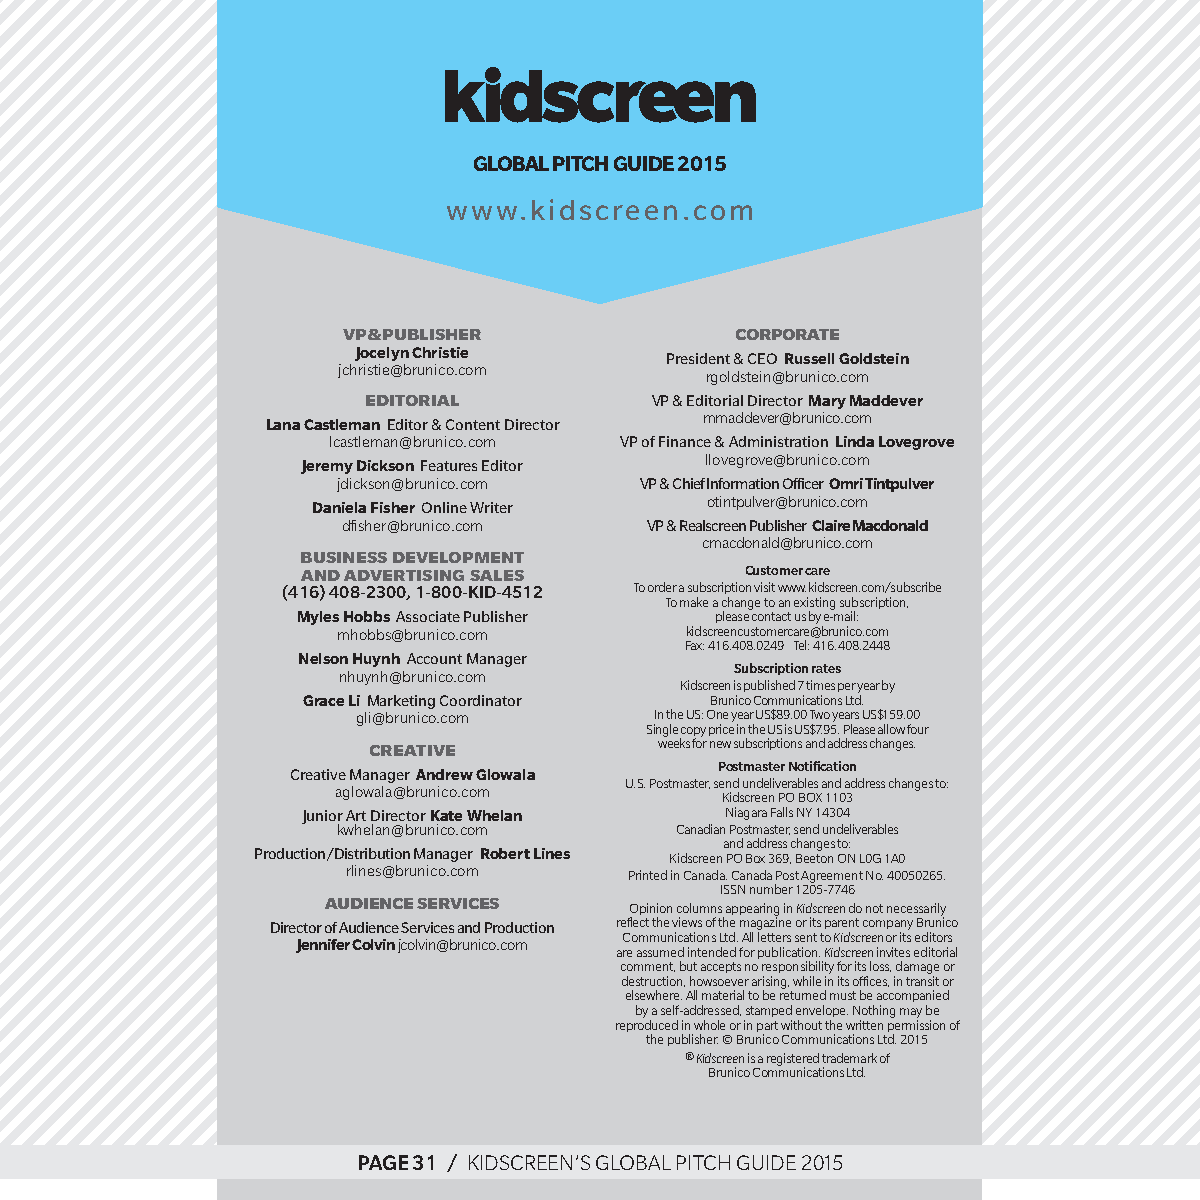
gLoBaL Pitch guide 2015
 www.kidscreen.com
 vp & publisher            corporate
 Jocelyn christie    President & CEO russell goldstein
 jchristie@brunico.com    rgoldstein@brunico.com
 editorial          VP & Editorial Director Mary Maddever
 Lana castleman Editor & Content Director mmaddever@brunico.com
 lcastleman@brunico.com VP of Finance & Administration Linda Lovegrove
 Jeremy dickson Features Editor llovegrove@brunico.com
 jdickson@brunico.com VP & Chief Information Officer omri tintpulver
 daniela fisher Online Writer otintpulver@brunico.com
 dfisher@brunico.com VP & Realscreen Publisher claire Macdonald
 cmacdonald@brunico.com
 business development
 and advertising sales        Customer care
 (416) 408-2300, 1-800-Kid-4512 to order a subscription visit www.kidscreen.com/subscribe
 to make a change to an existing subscription,
 Myles hobbs Associate Publisher please contact us by e-mail:
 mhobbs@brunico.com     kidscreencustomercare@brunico.com
 Fax: 416.408.0249 tel: 416.408.2448
 nelson huynh Account Manager
 subscription rates
 nhuynh@brunico.com
 kidscreen is published 7 times per year by
 grace Li Marketing Coordinator brunico communications ltd.
 gli@brunico.com    in the us: one year us$89.00 two years us$159.00
 single copy price in the us is us$7.95. please allow four
 creative            weeks for new subscriptions and address changes.
 postmaster notification
 Creative Manager andrew glowala
 u.s. postmaster, send undeliverables and address changes to:
 aglowala@brunico.com
 kidscreen po boX 1103
 Junior Art Director kate Whelan niagara Falls nY 14304
 kwhelan@brunico.com    canadian postmaster, send undeliverables
 and address changes to:
 Production/Distribution Manager robert Lines kidscreen po box 369, beeton on l0g 1a0
 rlines@brunico.com printed in canada. canada post agreement no. 40050265.
 issn number 1205-7746
 audience services
 opinion columns appearing in Kidscreen do not necessarily
 Director of Audience Services and Production reflect the views of the magazine or its parent company brunico
 communications ltd. all letters sent to Kidscreen or its editors
 Jennifer colvin jcolvin@brunico.com
 are assumed intended for publication. Kidscreen invites editorial
 comment, but accepts no responsibility for its loss, damage or
 destruction, howsoever arising, while in its offices, in transit or
 elsewhere. all material to be returned must be accompanied
 by a self-addressed, stamped envelope. nothing may be
 reproduced in whole or in part without the written permission of
 the publisher. © brunico communications ltd. 2015
 ® Kidscreen is a registered trademark of
 brunico communications ltd.
 ppaaggee 3311 // kkiiddssccrreeeenn’’ss gglloobbaall ppiittcchh gguuiiddee 22001155